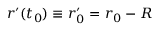
{ r } ^ { \prime } ( t _ { 0 } ) \equiv r _ { 0 } ^ { \prime } = r _ { 0 } - { R }